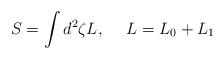
LaTeX: \begin{align*} S=\int d^2\zeta L,~~~~L=L_0+L_1\end{align*}